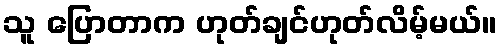
သူ ပြောတာက ဟုတ်ချင်ဟုတ်လိမ့်မယ်။